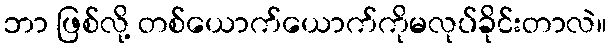
ဘာ ဖြစ်လို့ တစ်ယောက်ယောက်ကိုမလုပ်ခိုင်းတာလဲ။